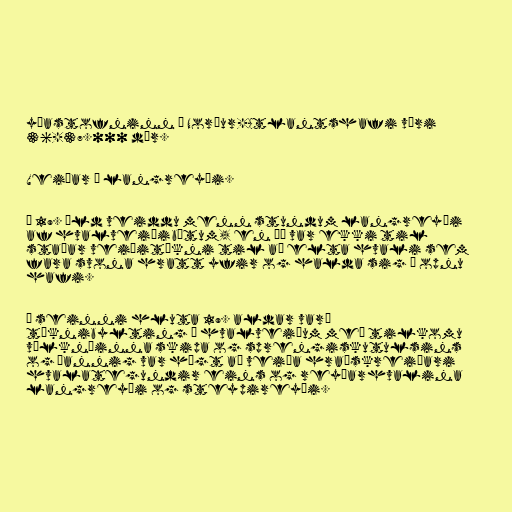
yðastofninn í Norður-Atlantshafi væri
36-37.000 dýr.

Veiðar á langreyði.

Á 19. öld veiddu menn stundum langreyði
af hvalveiðibátum, en þá var ekki til
staðar veiðitækni til að elta hvali sem
fara svona hratt yfir og halda sig á opnu
hafi.

Á seinni hluta 19. aldar varð
tæknibylting í hvalveiðum með tilkomu
vélknúinna skipa og sprengiskutulsins
og þannig var hægt að veiða hraðskreiðari
hvalategundir eins og reyðarhvalina
langreyði og steypireyði.